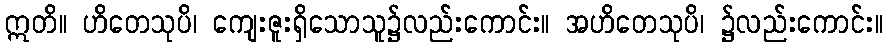
ဣတိ။ ဟိတေသုပိ၊ ကျေးဇူးရှိသောသူ၌လည်းကောင်း။ အဟိတေသုပိ၊ ၌လည်းကောင်း။